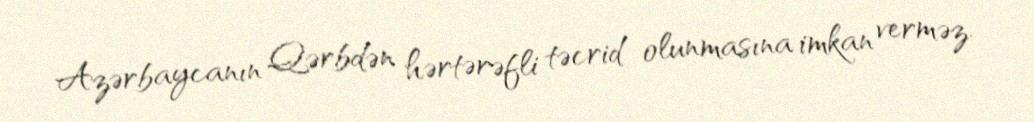
Azərbaycanın Qərbdən hərtərəfli təcrid olunmasına imkan verməz.